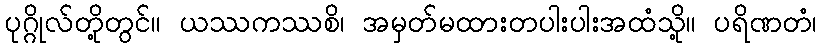
ပုဂ္ဂိုလ်တို့တွင်။ ယဿကဿစိ၊ အမှတ်မထားတပါးပါးအထံသို့။ ပရိဏတံ၊